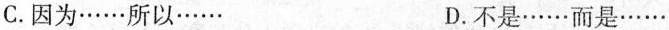
C.因为……所以…… D.不是……而是……